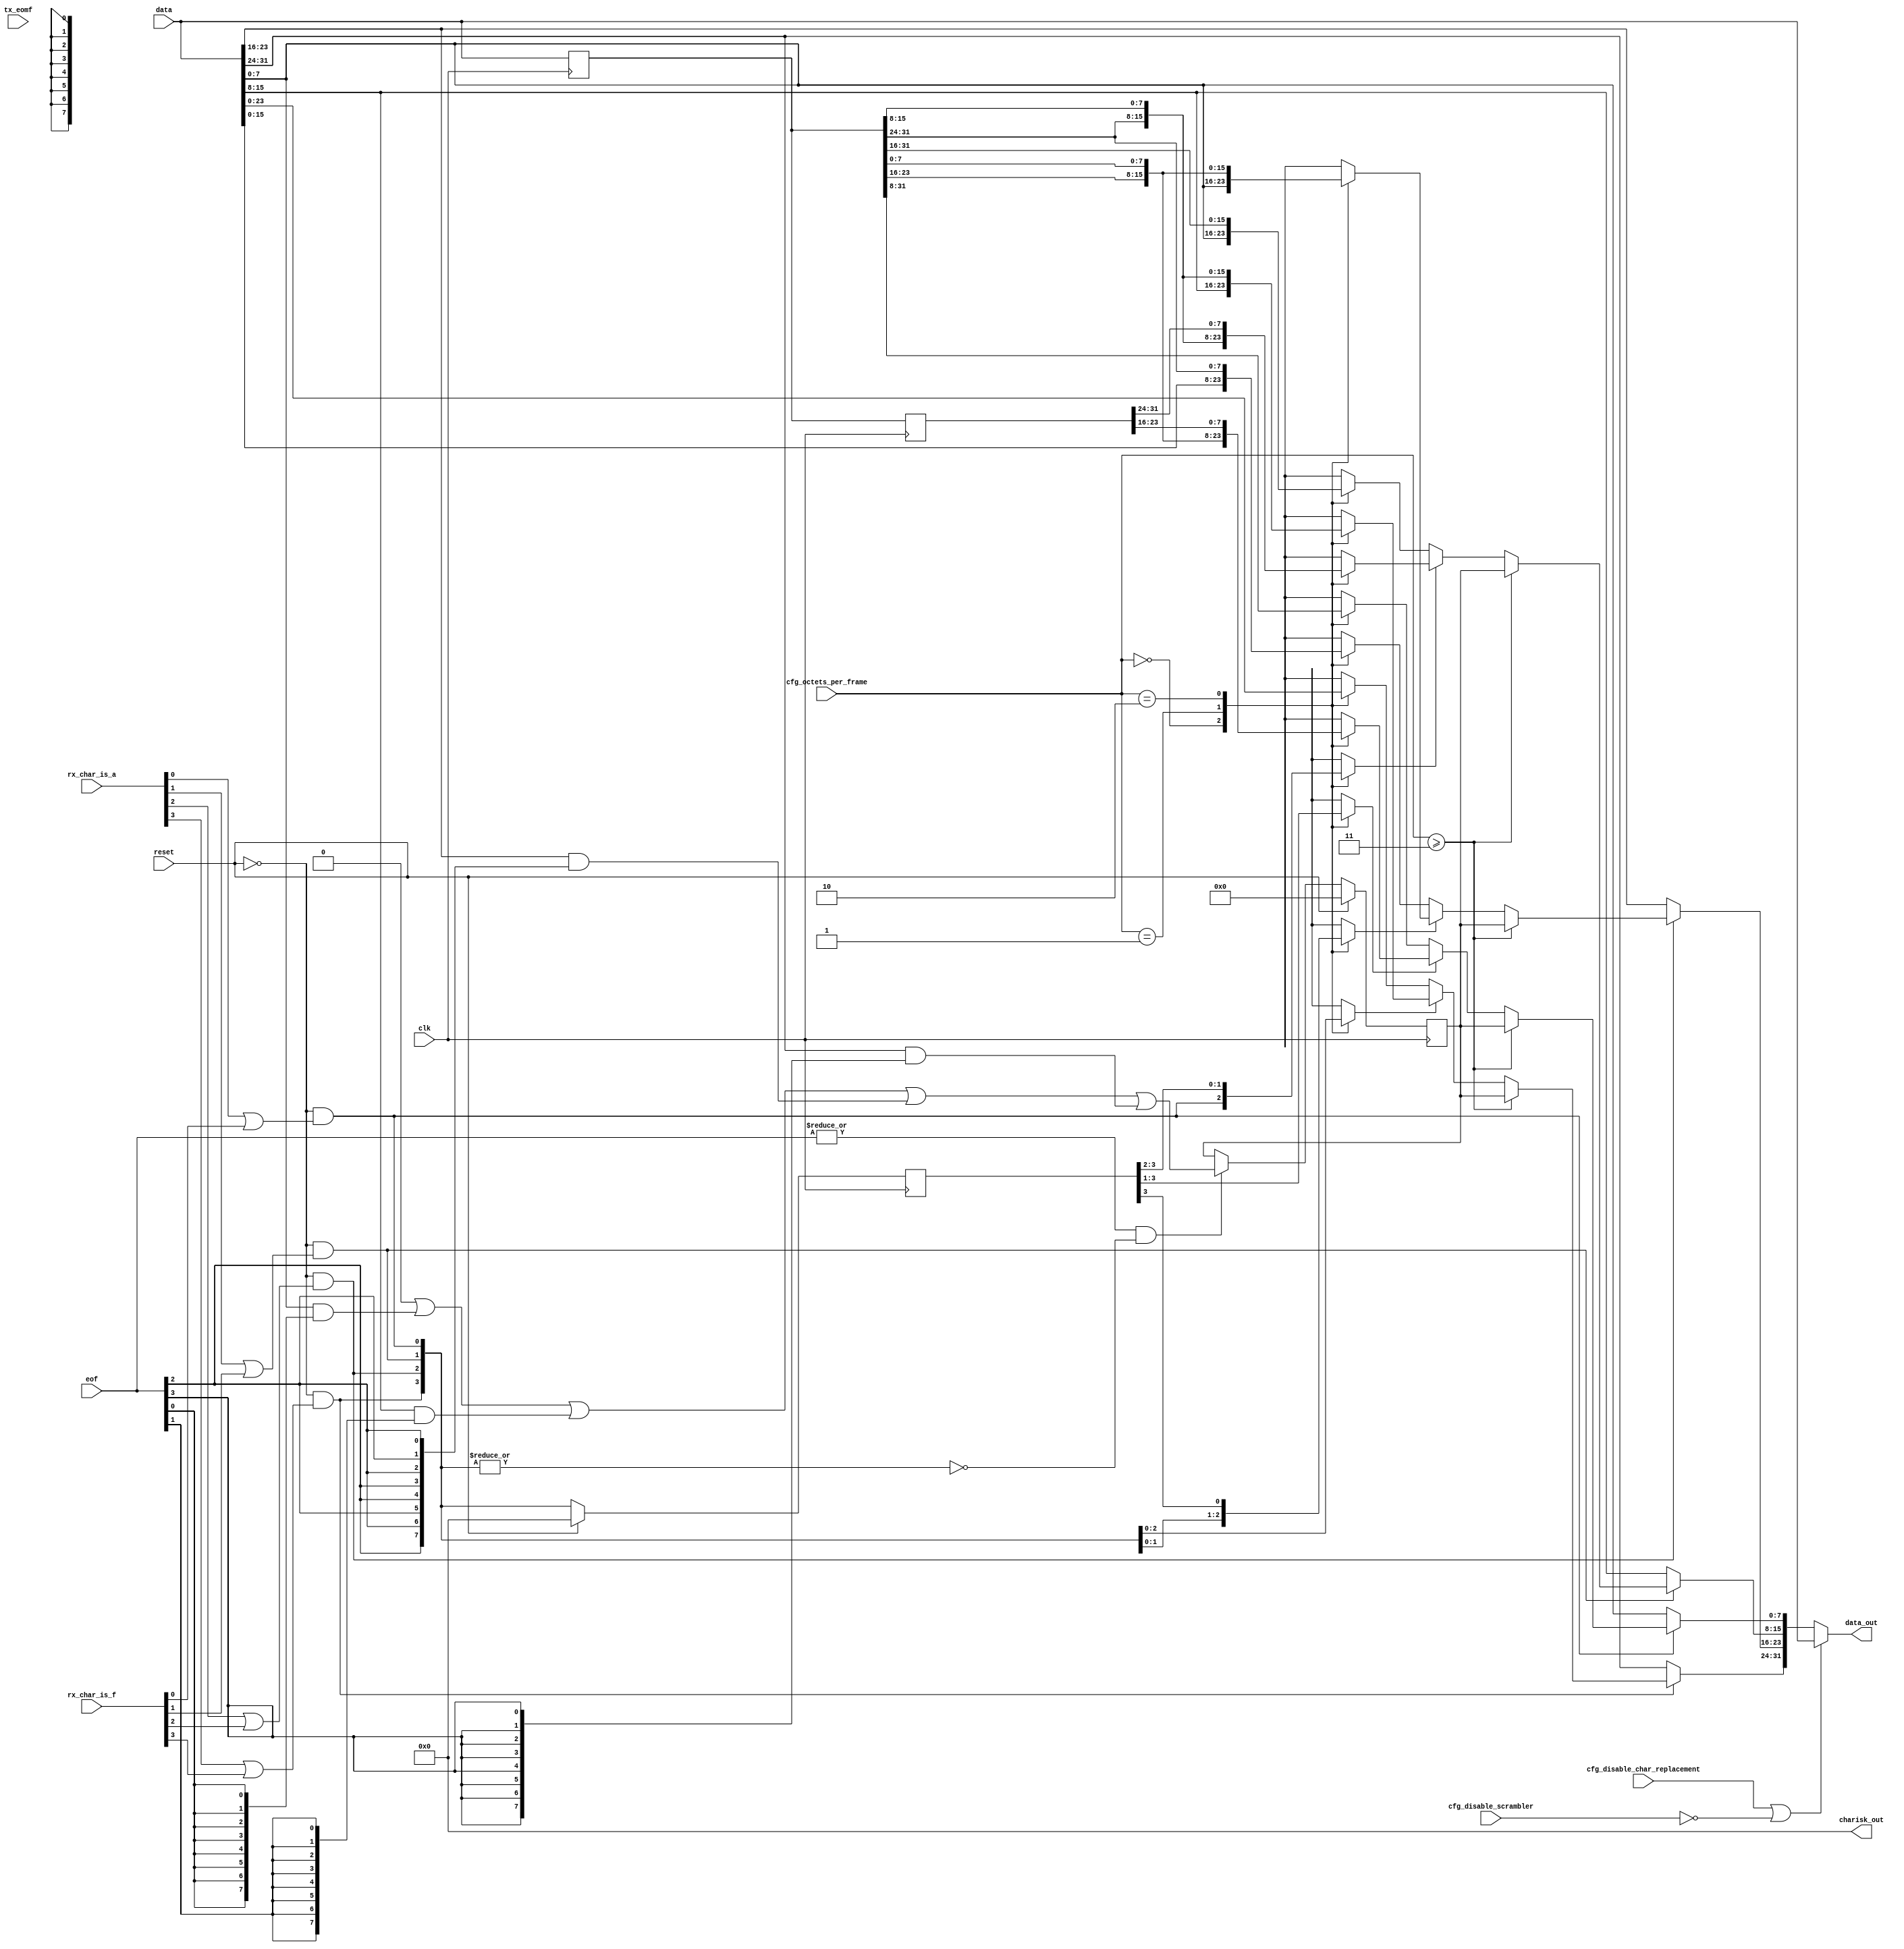
// ***************************************************************************
// ***************************************************************************
// Copyright (C) 2021, 2022 Analog Devices, Inc. All rights reserved.
// SPDX short identifier: ADIJESD204
// ***************************************************************************
// ***************************************************************************

// Limitations:
//   DATA_PATH_WIDTH = 4, 8
//   F=1,2,3,4,6, and multiples of DATA_PATH_WIDTH

`timescale 1ns/100ps

module jesd204_frame_align_replace #(
  parameter DATA_PATH_WIDTH = 4,
  parameter IS_RX = 1'b1,
  parameter ENABLED = 1'b1
) (
  input                             clk,
  input                             reset,

  input [7:0]                       cfg_octets_per_frame,
  input                             cfg_disable_char_replacement,
  input                             cfg_disable_scrambler,

  input [DATA_PATH_WIDTH*8-1:0]     data,
  input [DATA_PATH_WIDTH-1:0]       eof,
  input [DATA_PATH_WIDTH-1:0]       rx_char_is_a,
  input [DATA_PATH_WIDTH-1:0]       rx_char_is_f,
  input [DATA_PATH_WIDTH-1:0]       tx_eomf,

  output [DATA_PATH_WIDTH*8-1:0]    data_out,
  output [DATA_PATH_WIDTH-1:0]      charisk_out
);

  localparam DPW_LOG2 = DATA_PATH_WIDTH == 8 ? 3 : DATA_PATH_WIDTH == 4 ? 2 : 1;

  wire                                  single_eof = cfg_octets_per_frame >= (DATA_PATH_WIDTH-1);
  reg  [DATA_PATH_WIDTH*8-1:0]          data_d1;
  reg  [DATA_PATH_WIDTH*8-1:0]          data_d2;
  wire [DATA_PATH_WIDTH-1:0]            char_is_align;
  reg  [DATA_PATH_WIDTH-1:0]            char_is_align_d1;
  reg  [DATA_PATH_WIDTH-1:0]            char_is_align_d2;
  wire [((DATA_PATH_WIDTH*2)+4)*8-1:0]  saved_data;
  wire [((DATA_PATH_WIDTH*2)+4)-1:0]    saved_char_is_align;
  wire [DATA_PATH_WIDTH*8-1:0]          data_replaced;
  wire [DATA_PATH_WIDTH*8-1:0]          data_prev_eof;
  wire [DATA_PATH_WIDTH*8-1:0]          data_prev_prev_eof;
  reg  [7:0]                            data_prev_eof_single;
  reg  [7:0]                            data_prev_eof_single_int;
  reg                                   char_is_align_prev_single;

  wire [DATA_PATH_WIDTH*8-1:0]          prev_data_1;
  wire [DATA_PATH_WIDTH*8-1:0]          prev_prev_data_1;
  wire [DATA_PATH_WIDTH-1:0]            prev_char_is_align_1;
  wire [DATA_PATH_WIDTH*8-1:0]          prev_data_2;
  wire [DATA_PATH_WIDTH*8-1:0]          prev_prev_data_2;
  wire [DATA_PATH_WIDTH-1:0]            prev_char_is_align_2;
  wire [DATA_PATH_WIDTH*8-1:0]          prev_data_3;
  wire [DATA_PATH_WIDTH*8-1:0]          prev_prev_data_3;
  wire [DATA_PATH_WIDTH-1:0]            prev_char_is_align_3;
  wire [DATA_PATH_WIDTH*8-1:0]          prev_data_4;
  wire [DATA_PATH_WIDTH*8-1:0]          prev_prev_data_4;
  wire [DATA_PATH_WIDTH-1:0]            prev_char_is_align_4;
  wire [DATA_PATH_WIDTH*8-1:0]          prev_data_6;
  wire [DATA_PATH_WIDTH*8-1:0]          prev_prev_data_6;
  wire [DATA_PATH_WIDTH-1:0]            prev_char_is_align_6;
  reg  [DATA_PATH_WIDTH*8-1:0]          prev_data;
  reg  [DATA_PATH_WIDTH*8-1:0]          prev_prev_data;
  reg  [DATA_PATH_WIDTH-1:0]            prev_char_is_align;
  reg  [DPW_LOG2:0]                     jj;
  reg  [DPW_LOG2:0]                     ll;

  always @(posedge clk) begin
    data_d1 <= data;
    data_d2 <= data_d1;
  end

  always @(posedge clk) begin
    if(reset) begin
      char_is_align_d1 <= 'b0;
      char_is_align_d2 <= 'b0;
    end else begin
      char_is_align_d1 <= char_is_align;
      char_is_align_d2 <= char_is_align_d1;
    end
  end

  // Capture single EOF in current cycle

  always @(eof, data) begin
    data_prev_eof_single_int = 'b0;
    for(ll = 0; ll < DATA_PATH_WIDTH; ll=ll+1) begin
      data_prev_eof_single_int = data_prev_eof_single_int | (data[ll*8 +: 8] & {8{eof[ll]}});
    end
  end

  always @(posedge clk) begin
    if(reset) begin
      data_prev_eof_single <= 'b0;
    end else begin
      if(|eof && (!IS_RX || !(|char_is_align))) begin
        data_prev_eof_single <= data_prev_eof_single_int;
      end
    end
  end

  always @(posedge clk) begin
    if(reset) begin
      char_is_align_prev_single <= 'b0;
    end else begin
      if(|eof) begin
        char_is_align_prev_single <= |char_is_align;
      end
    end
  end

  assign saved_data = {data, data_d1, data_d2[(DATA_PATH_WIDTH*8)-1:(DATA_PATH_WIDTH-4)*8]};
  assign saved_char_is_align = {char_is_align, char_is_align_d1, char_is_align_d2[DATA_PATH_WIDTH-1:DATA_PATH_WIDTH-4]};

  genvar ii;
  generate
  for (ii = 0; ii < DATA_PATH_WIDTH; ii = ii + 1) begin: gen_replace_byte
    assign prev_data_1[ii*8 +:8] = saved_data[(DATA_PATH_WIDTH+3+ii)*8 +: 8];
    assign prev_data_2[ii*8 +:8] = saved_data[(DATA_PATH_WIDTH+2+ii)*8 +: 8];
    assign prev_data_3[ii*8 +:8] = saved_data[(DATA_PATH_WIDTH+1+ii)*8 +: 8];
    assign prev_prev_data_1[ii*8 +:8] = saved_data[(DATA_PATH_WIDTH+2+ii)*8 +: 8];
    assign prev_prev_data_2[ii*8 +:8] = saved_data[(DATA_PATH_WIDTH+ii)*8 +: 8];
    assign prev_prev_data_3[ii*8 +:8] = saved_data[(DATA_PATH_WIDTH-2+ii)*8 +: 8];
    assign prev_char_is_align_1[ii] = saved_char_is_align[(DATA_PATH_WIDTH+3+ii)];
    assign prev_char_is_align_2[ii] = saved_char_is_align[(DATA_PATH_WIDTH+2+ii)];
    assign prev_char_is_align_3[ii] = saved_char_is_align[(DATA_PATH_WIDTH+1+ii)];

    if(DATA_PATH_WIDTH == 8) begin : gen_dp_8
      assign prev_data_4[ii*8 +:8] = saved_data[(DATA_PATH_WIDTH+ii)*8 +: 8];
      assign prev_data_6[ii*8 +:8] = saved_data[(DATA_PATH_WIDTH-2+ii)*8 +: 8];
      assign prev_prev_data_4[ii*8 +:8] = saved_data[(DATA_PATH_WIDTH-4+ii)*8 +: 8];
      assign prev_prev_data_6[ii*8 +:8] = saved_data[(DATA_PATH_WIDTH-8+ii)*8 +: 8];
      assign prev_char_is_align_4[ii] = saved_char_is_align[(DATA_PATH_WIDTH+ii)];
      assign prev_char_is_align_6[ii] = saved_char_is_align[(DATA_PATH_WIDTH-2+ii)];
    end else begin
      assign prev_data_4[ii*8 +:8] = 'bX;
      assign prev_data_6[ii*8 +:8] = 'bX;
      assign prev_prev_data_4[ii*8 +:8] = 'bX;
      assign prev_prev_data_6[ii*8 +:8] = 'bX;
      assign prev_char_is_align_4[ii] = 'bX;
      assign prev_char_is_align_6[ii] = 'bX;
    end

    always @(*) begin
      case(cfg_octets_per_frame)
        0:
          begin
            prev_data[ii*8 +:8] = prev_data_1[ii*8 +:8];
            prev_prev_data[ii*8 +:8] = prev_prev_data_1[ii*8 +:8];
            prev_char_is_align[ii] = prev_char_is_align_1[ii];
          end
        1:
          begin
            prev_data[ii*8 +:8] = prev_data_2[ii*8 +:8];
            prev_prev_data[ii*8 +:8] = prev_prev_data_2[ii*8 +:8];
            prev_char_is_align[ii] = prev_char_is_align_2[ii];
          end
        2:
          begin
            prev_data[ii*8 +:8] = prev_data_3[ii*8 +:8];
            prev_prev_data[ii*8 +:8] = prev_prev_data_3[ii*8 +:8];
            prev_char_is_align[ii] = prev_char_is_align_3[ii];
          end
        3:
          begin
            prev_data[ii*8 +:8] = prev_data_4[ii*8 +:8];
            prev_prev_data[ii*8 +:8] = prev_prev_data_4[ii*8 +:8];
            prev_char_is_align[ii] = prev_char_is_align_4[ii];
          end
        5:
          begin
            prev_data[ii*8 +:8] = prev_data_6[ii*8 +:8];
            prev_prev_data[ii*8 +:8] = prev_prev_data_6[ii*8 +:8];
            prev_char_is_align[ii] = prev_char_is_align_6[ii];
          end
        default:
          begin
            prev_data[ii*8 +:8] = 'bX;
            prev_prev_data[ii*8 +:8] = 'bX;
            prev_char_is_align[ii] = 1'bX;
          end
      endcase
    end

    if(IS_RX) begin : gen_rx
      // RX
      assign char_is_align[ii] = !reset && (rx_char_is_a[ii] | rx_char_is_f[ii]);
      assign data_replaced[ii*8 +: 8] = char_is_align[ii] ? data_prev_eof[ii*8 +: 8] : data[ii*8 +: 8];
      assign data_prev_eof[ii*8 +: 8] = single_eof ? data_prev_eof_single : prev_char_is_align[ii] ? data_prev_prev_eof[ii*8 +: 8] : prev_data[ii*8 +: 8];
      assign data_prev_prev_eof[ii*8 +: 8] = prev_prev_data[ii*8 +: 8];
    end else begin : gen_tx
      // TX
      assign data_prev_eof[ii*8 +: 8] = single_eof ? data_prev_eof_single : prev_data[ii*8 +: 8];
      assign char_is_align[ii] = !reset && (tx_eomf[ii] || (eof[ii] && !(single_eof ? char_is_align_prev_single : prev_char_is_align[ii]))) && (data[ii*8 +: 8] == data_prev_eof[ii*8 +: 8]);
      assign data_replaced[ii*8 +: 8] = char_is_align[ii] ? (tx_eomf[ii] ? 8'h7c : 8'hfc) : data[ii*8 +: 8];
    end
  end
  endgenerate

  assign data_out = (cfg_disable_char_replacement || !cfg_disable_scrambler || ENABLED==0) ? data : data_replaced;
  assign charisk_out = (IS_RX || !cfg_disable_scrambler || cfg_disable_char_replacement || ENABLED==0) ? 'b0 : char_is_align;

endmodule